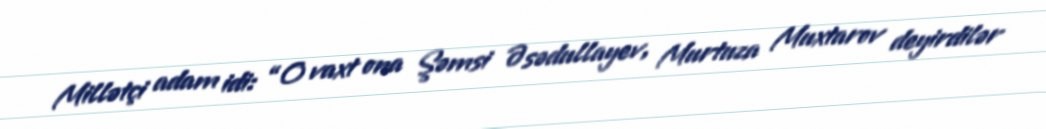
Millətçi adam idi: “O vaxt ona Şəmsi Əsədullayev, Murtuza Muxtarov deyirdilər